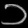
Digit: ၁